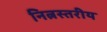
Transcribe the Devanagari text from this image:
नित्नस्तरीय